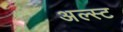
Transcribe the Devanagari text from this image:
अल्स्ट